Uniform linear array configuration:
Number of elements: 64
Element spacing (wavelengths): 1
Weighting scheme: cosine
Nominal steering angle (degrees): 45
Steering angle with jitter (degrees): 43.524
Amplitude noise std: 0.05
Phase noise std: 0.05

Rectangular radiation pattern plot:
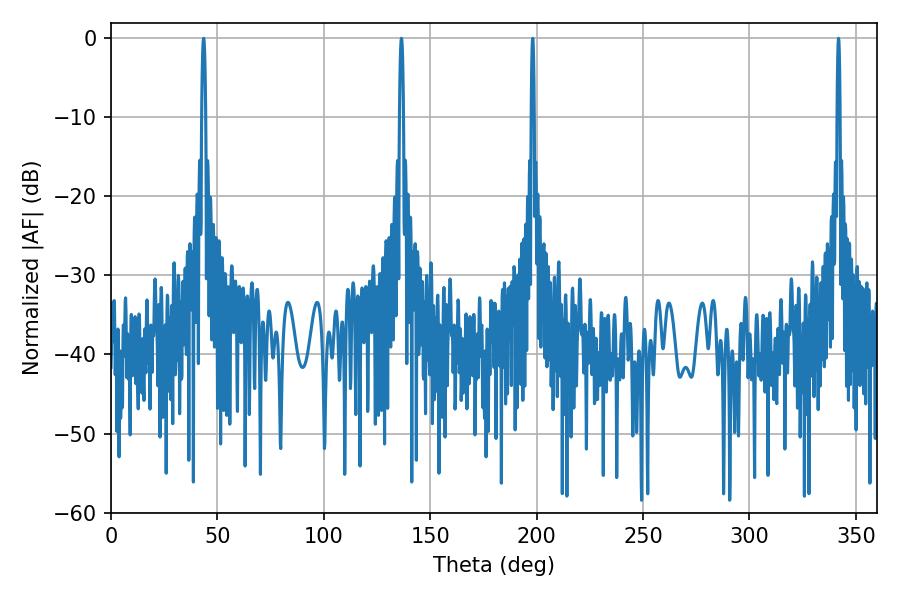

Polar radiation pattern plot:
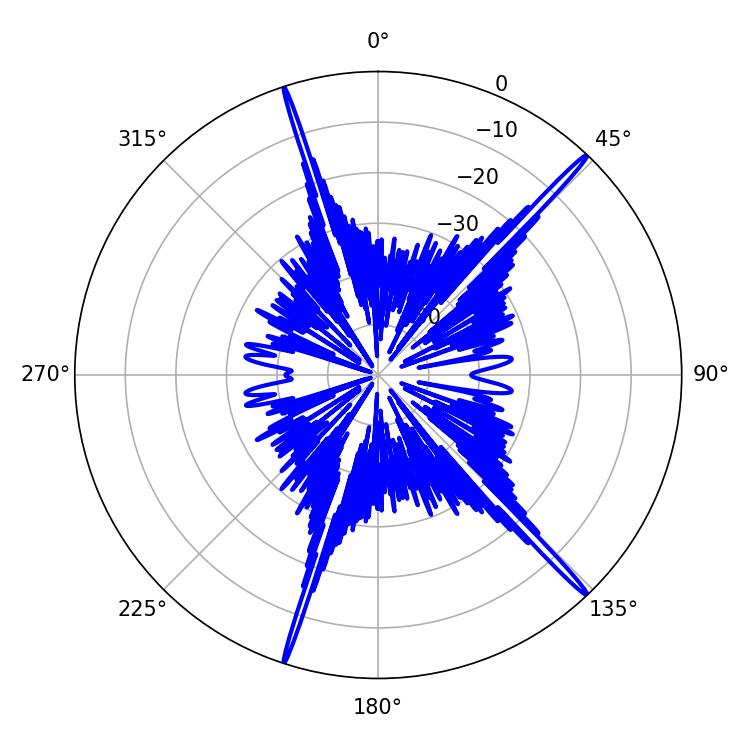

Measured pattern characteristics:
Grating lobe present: TRUE
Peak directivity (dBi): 20.083
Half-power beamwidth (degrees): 0.9
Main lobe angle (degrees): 136.44